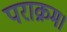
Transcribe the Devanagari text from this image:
पराक्रम।